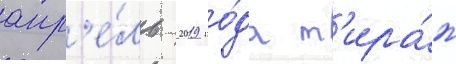
апр'е́ль 2019 го́да т'ира́ж